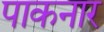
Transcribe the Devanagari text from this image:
पाकनार